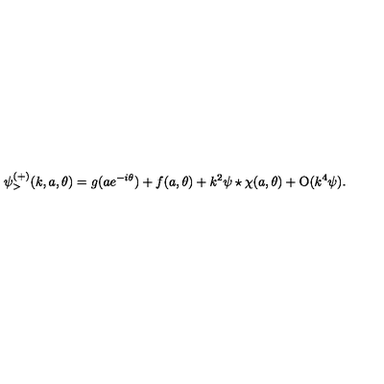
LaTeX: \psi _ { > } ^ { ( + ) } ( k , a , \theta ) = g ( a e ^ { - i \theta } ) + f ( a , \theta ) + k ^ { 2 } \psi \star \chi ( a , \theta ) + \mathrm { O } ( k ^ { 4 } \psi ) .